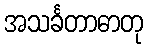
အသင်္ခတာဓာတု